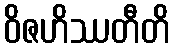
ဝိဇဟိဿတီတိ